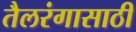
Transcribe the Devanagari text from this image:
तैलरंगासाठी